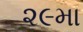
૨૯મા